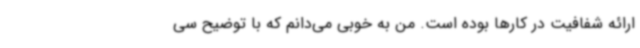
ارائه شفافیت در کارها بوده است. من به خوبی می‌دانم که با توضیح سی